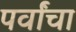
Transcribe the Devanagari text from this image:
पर्वांचा